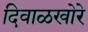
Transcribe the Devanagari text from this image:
दिवाळखोरे